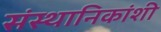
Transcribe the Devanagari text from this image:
संस्थानिकांशी